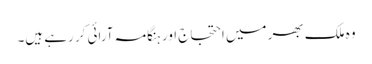
وہ ملک بھر میں احتجاج اور ہنگامہ آرائی کر رہے ہیں۔